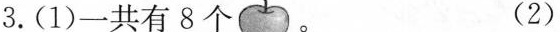
3.(1)一共有8个 (2)